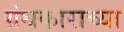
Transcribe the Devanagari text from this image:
ग्रंथकाराच्या